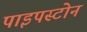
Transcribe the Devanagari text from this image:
पाइपस्टोन